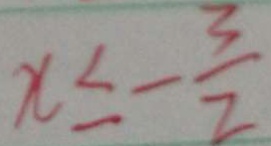
x \leq - \frac { 3 } { 2 }